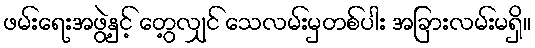
ဖမ်းရေးအဖွဲ့နှင့် တွေ့လျှင် သေလမ်းမှတစ်ပါး အခြားလမ်းမရှိ။